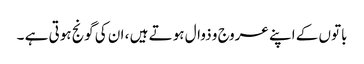
باتوں کے اپنے عروج و ذوال ہوتے ہیں ، ان کی گونج ہوتی ہے ۔